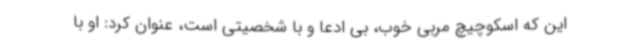
این که اسکوچیچ مربی خوب، بی ادعا و با شخصیتی است، عنوان کرد: او با